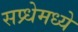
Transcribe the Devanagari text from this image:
सप्र्धेमध्ये